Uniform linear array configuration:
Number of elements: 64
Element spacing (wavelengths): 0.75
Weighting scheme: uniform
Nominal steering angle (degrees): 15
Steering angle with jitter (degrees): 15.027
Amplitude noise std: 0.05
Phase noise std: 0.05

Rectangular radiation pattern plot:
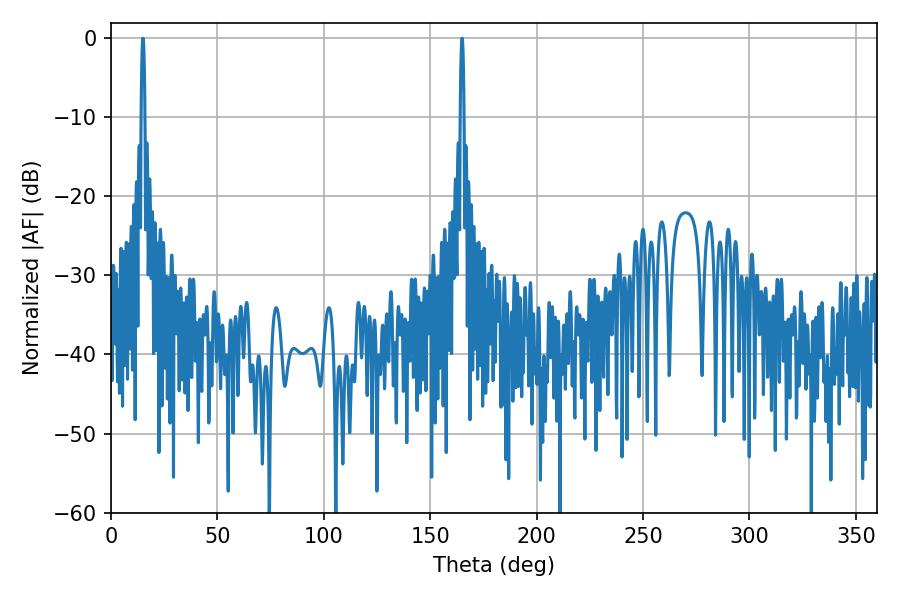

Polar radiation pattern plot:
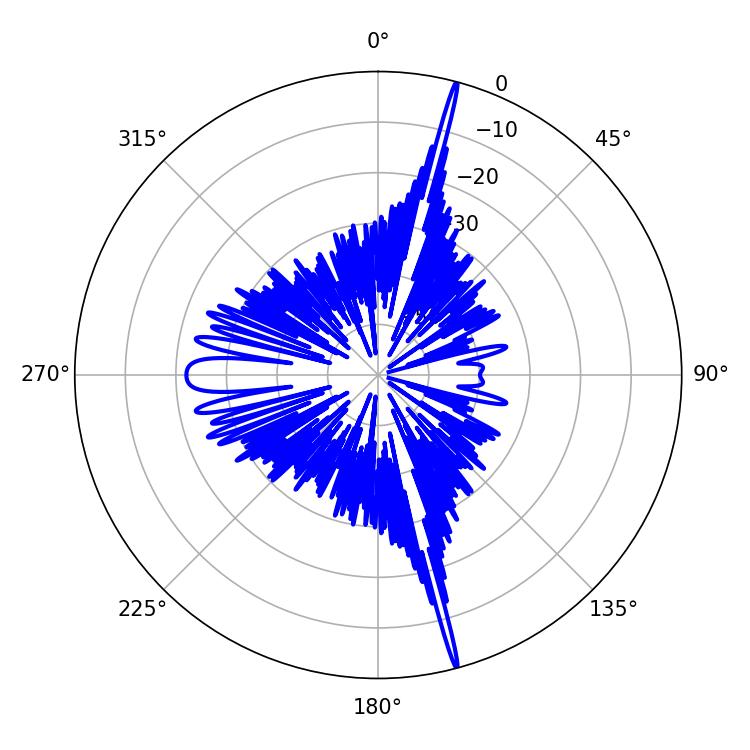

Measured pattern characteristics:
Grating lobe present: TRUE
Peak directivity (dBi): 23.406
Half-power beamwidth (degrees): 0.9
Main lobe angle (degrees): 14.94